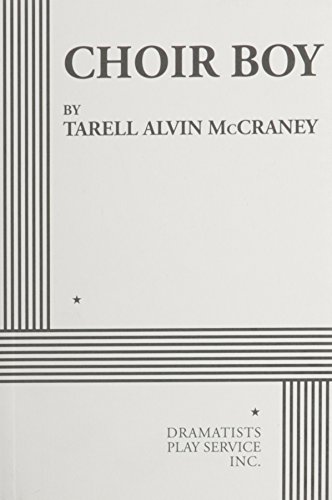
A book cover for Choir Boy; Tarell Alvin Mccraney; Literature & Fiction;